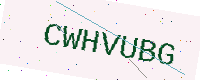
Text: CWHVUBG